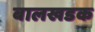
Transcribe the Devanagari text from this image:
बालखडक